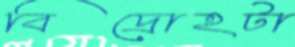
বিদ্রোহটা